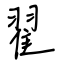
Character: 翟